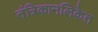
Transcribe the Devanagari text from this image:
तंत्रिकानलिकेत